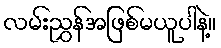
လမ်းညွှန်အဖြစ်မယူပါနဲ့။